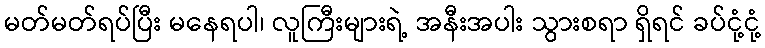
မတ်မတ်ရပ်ပြီး မနေရပါ၊ လူကြီးများရဲ့ အနီးအပါး သွားစရာ ရှိရင် ခပ်ငုံ့ငုံ့